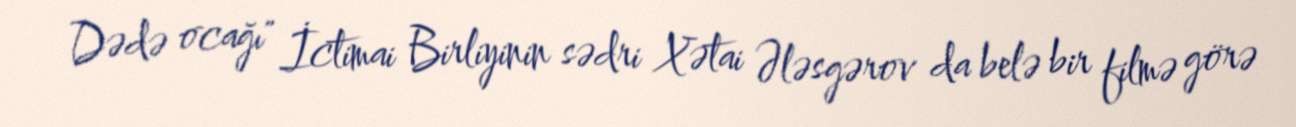
Dədə ocağı" İctimai Birliyinin sədri Xətai Ələsgərov da belə bir filmə görə